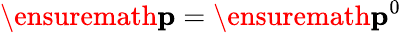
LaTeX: \ensuremath{\mathbf{p}}=\ensuremath{\mathbf{p}}^{0}